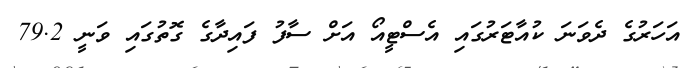
އަހަރުގެ ދެވަނަ ކުއާޓަރުގައި އެސްޓީއޯ އަށް ސާފު ފައިދާގެ ގޮތުގައި ވަނީ 79.2